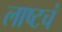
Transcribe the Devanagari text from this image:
लाष्टचं